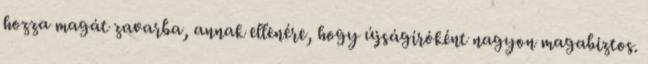
hozza magát zavarba, annak ellenére, hogy újságíróként nagyon magabiztos.